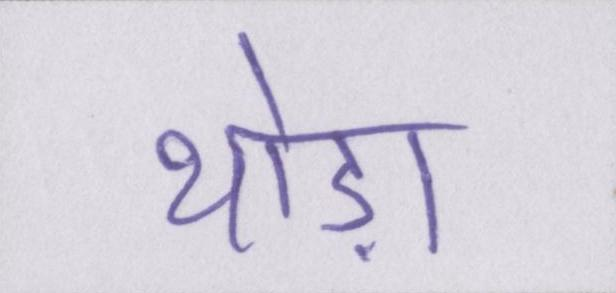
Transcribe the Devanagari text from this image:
थोड़ा